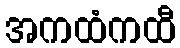
အကထံကထီ